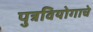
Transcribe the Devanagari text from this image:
पुत्रवियोगाचे